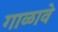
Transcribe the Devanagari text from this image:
गाळावे